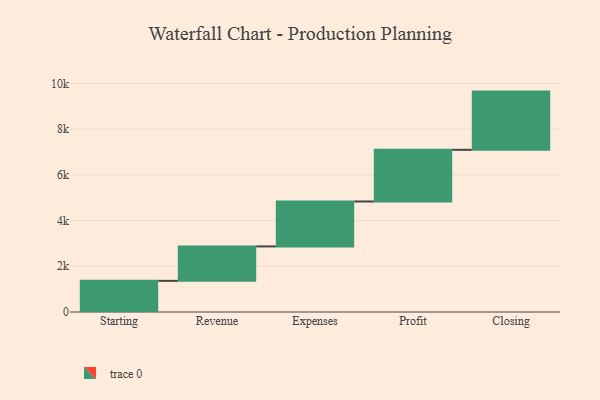
{"axis": {"x": "Step", "y": "Value"}, "legend": [""], "data": [{"x": "Starting", "y": 1363.0, "type": ""}, {"x": "Revenue", "y": 1507.0, "type": ""}, {"x": "Expenses", "y": 1966.0, "type": ""}, {"x": "Profit", "y": 2260.0, "type": ""}, {"x": "Closing", "y": 2548.0, "type": ""}]}